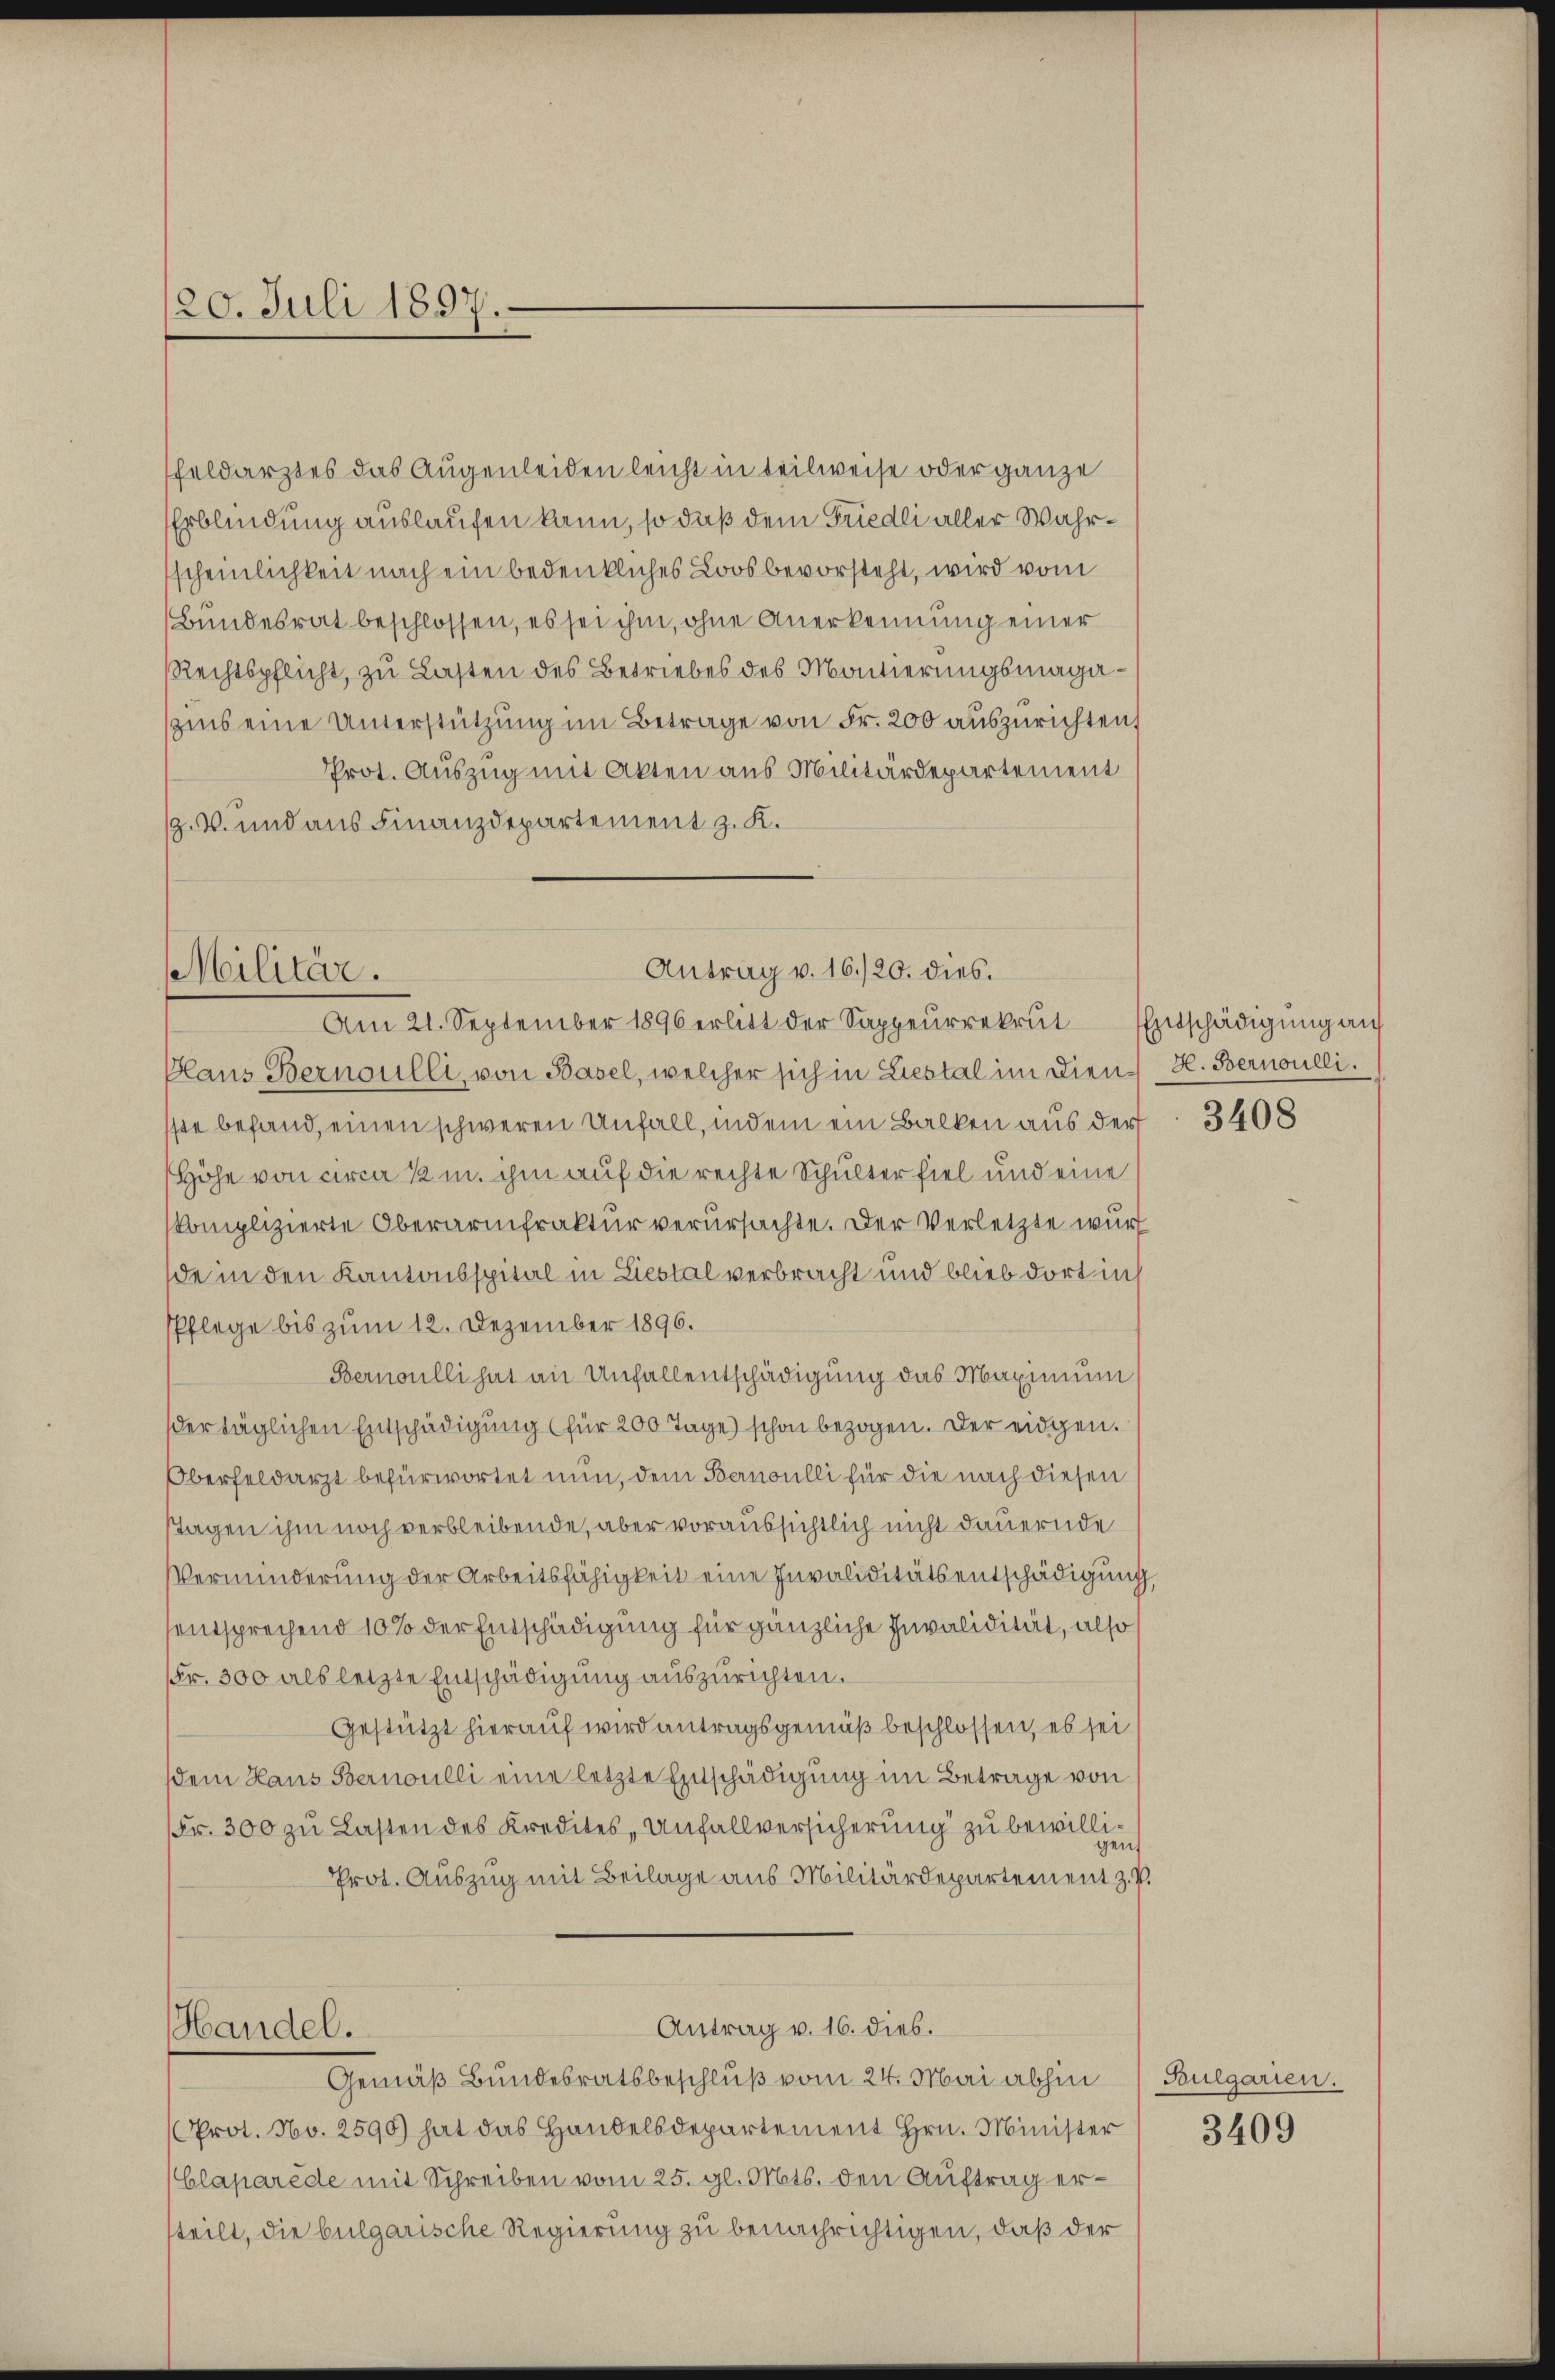
/20. Juli 1897.

Feldarztes das Augenleiden leicht in teilweise oder ganze
Erblindung auslaufen kann, so daß dem Friedli aller Wahrscheinlichkeit nach ein bedenkliches Loos bevorsteht, wird vom
Bundesrat beschlossen, es sei ihm, ohne Anerkennung einer
Rechtspflicht, zu Lasten des Betriebes des Montierungsmagaszins eine Unterstützung im Betrage von Fr. 200 auszurichten,
Prot. Auszug mit Akten aus Militärdepartement
z. V. und aus Finanzdepartement z. K.

Antrag v. 16./20. dies
Militär.
Am 21. September 1896 erlitt der Sappeŭrrekrut Entschädigung an

Blaus Bernoulli, von Basel, welcher sich in Liestal im Dien- H. Bernoulli.
sste befand, einen schweren Unfall, indem ein Balken aus der
Höhe von circa 12 m. ihm auf die rechte Schulter fiel und eine
skomplizierte Oberarmfraktur verursachte. Der Verletzte wurd
de in den Kantonsspital in Liestal verbracht und blieb dort ins
Pflege bis zum 12. Dezember 1896.
Bernoulli hat an Unfallentschädigung das Maximum
der täglichen Entschädigung (für 200 Tage) schon bezogen. Der eidgen.
Oberfeldarzt befürwortet nun, dem Bernoulli für die nach diesen
stagen ihm noch verbleibende, aber voraussichtlich nicht dauernde
Verminderung der Arbeitsfähigkeit eine Invaliditätsentschädigung,
entsprechend 10% der Entschädigung für gänzliche Invalidität, also
Fr. 300 als letzte Entschädigung auszurichten.
Gestützt hierauf wird antragsgemäß beschlossen, es sei
dem Haus Bernoulli eine letzte Entschädigung im Betrage von
Fr. 300 zu Lasten des Kredites, Unfallversicherung zu bewillen
Prot. Auszug mit Beilage aus Militärdepartement z. P.
Antrag v. 16. dies.
Handel.
Gemäß Bundesratsbeschluß vom 24. Mai abhin
(Prot. No. 2590) hat das Handelsdepartement Hrn. Minister 3409
Claparede mit Schreiben vom 25. gl. Mts. den Auftrag ersteilt, die bulgarische Regierung zu benachrichtigen, daß der

3408

Bulgarien.